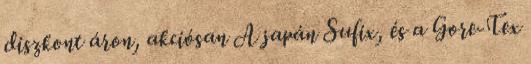
diszkont áron, akciósan A japán Sufix, és a Gore-Tex